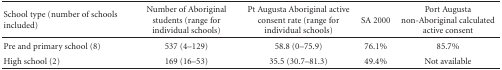
<table><thead><tr><td><b>School type (number of schools included)</b></td><td><b>Number of Aboriginal students (range for individual schools)</b></td><td><b>Pt Augusta Aboriginal active consent rate (range for individual schools)</b></td><td><b>SA 2000</b></td><td><b>Port Augusta non-Aboriginal calculated active consent</b></td></tr></thead><tbody><tr><td>Pre and primary school (8)</td><td>537 (4–129)</td><td>58.8 (0–75.9)</td><td>76.1%</td><td>85.7%</td></tr><tr><td>High school (2)</td><td>169 (16–53)</td><td>35.5 (30.7–81.3)</td><td>49.4%</td><td>Not available</td></tr></tbody></table>